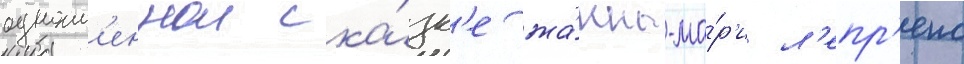
одноим'еннои ска́зк'е жа́нны-ма́р'и л'епр'енс